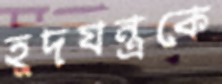
হূদযন্ত্রকে